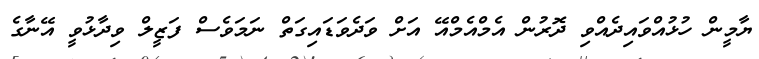
ޔާމީން ހުޅުއްވައިދެއްވި ދޮރުން އެމްއެމްއޭ އަށް ވަދެވަޑައިގަތް ނަމަވެސް ފަޒީލް ވިދާޅުވީ އޭނާގެ